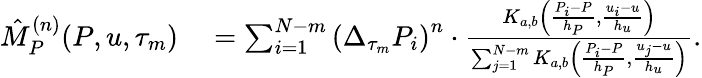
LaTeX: \begin{array}{rl}{\hat{M}_{P}^{(n)}(P,u,\tau_{m})}&{{}=\sum_{i=1}^{N-m}\left(\Delta_{\tau_{m}}P_{i}\right)^{n}\cdot\frac{K_{a,b}\left(\frac{P_{i}-P}{h_{P}},\frac{u_{i}-u}{h_{u}}\right)}{\sum_{j=1}^{N-m}K_{a,b}\left(\frac{P_{i}-P}{h_{P}},\frac{u_{j}-u}{h_{u}}\right)}.}\end{array}